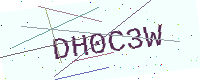
Text: DH0C3W